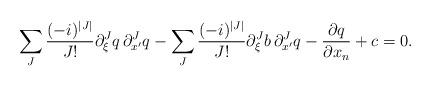
LaTeX: \begin{align*} \sum_{J} \frac{(-i)^{|J|}}{J !} \partial_{\xi}^{J}q \, \partial_{x^\prime}^{J}q - \sum_{J} \frac{(-i)^{|J|}}{J !} \partial_{\xi}^{J}b \, \partial_{x^\prime}^{J}q - \frac{\partial q}{\partial x_n} + c = 0. \end{align*}